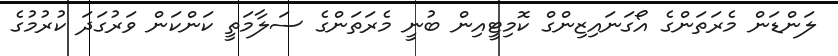
ލަންޑަން މެރަތަންގެ އޯގަނައިޒިންގް ކޮމިޓީއިން ބުނީ މެރަތަންގެ ސަލާމަތީ ކަންކަން ވަރުގަދަ ކުރުމުގެ